Calcutta medical institutions reports 1892-1900
Year: 1892
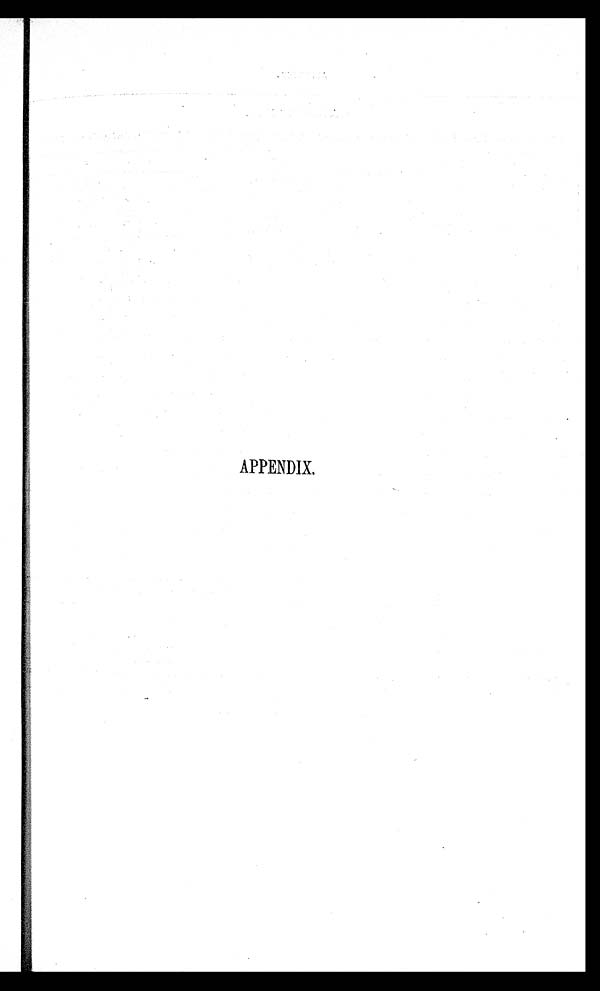
APPENDIX.